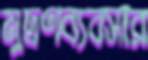
মুদ্রণব্যবসার